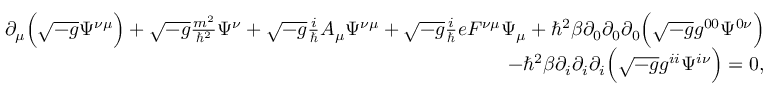
\begin{array} { r l r } & { } & { \partial _ { \mu } \Big ( \sqrt { - g } \Psi ^ { \nu \mu } \Big ) + \sqrt { - g } \frac { m ^ { 2 } } { \hbar ^ { 2 } } \Psi ^ { \nu } + \sqrt { - g } \frac { i } { \hbar } A _ { \mu } \Psi ^ { \nu \mu } + \sqrt { - g } \frac { i } { \hbar } e F ^ { \nu \mu } \Psi _ { \mu } + \hbar ^ { 2 } \beta \partial _ { 0 } \partial _ { 0 } \partial _ { 0 } \Big ( \sqrt { - g } g ^ { 0 0 } \Psi ^ { 0 \nu } \Big ) } \\ & { } & { - \hbar ^ { 2 } \beta \partial _ { i } \partial _ { i } \partial _ { i } \Big ( \sqrt { - g } g ^ { i i } \Psi ^ { i \nu } \Big ) = 0 , } \end{array}